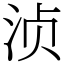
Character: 浈